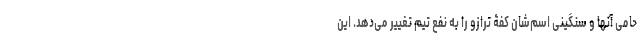
حامی آنها و سنگینی اسم‌شان کفۀ ترازو را به نفع تیم تغییر می‌دهد. این